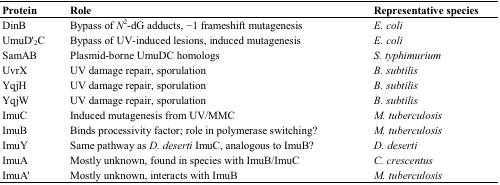
<table><thead><tr><td><b>Protein</b></td><td><b>Role</b></td><td><b>Representative species</b></td></tr></thead><tbody><tr><td>DinB</td><td>Bypass of <i>N</i><sup>2</sup>-dG adducts, −1 frameshift mutagenesis</td><td><i>E. coli</i></td></tr><tr><td>UmuD&#x27;<sub>2</sub>C</td><td>Bypass of UV-induced lesions, induced mutagenesis</td><td><i>E. coli</i></td></tr><tr><td>SamAB</td><td>Plasmid-borne UmuDC homologs</td><td><i>S. typhimurium</i></td></tr><tr><td>UvrX </td><td>UV damage repair, sporulation</td><td><i>B. subtilis</i></td></tr><tr><td>YqjH </td><td>UV damage repair, sporulation</td><td><i>B. subtilis</i></td></tr><tr><td>YqjW</td><td>UV damage repair, sporulation</td><td><i>B. subtilis</i></td></tr><tr><td>ImuC</td><td>Induced mutagenesis from UV/MMC </td><td><i>M. tuberculosis</i></td></tr><tr><td>ImuB</td><td>Binds processivity factor; role in polymerase switching?</td><td><i>M. tuberculosis</i></td></tr><tr><td>ImuY</td><td>Same pathway as <i>D. deserti</i> ImuC, analogous to ImuB?</td><td><i>D. deserti</i></td></tr><tr><td>ImuA</td><td>Mostly unknown, found in species with ImuB/ImuC</td><td><i>C. crescentus</i></td></tr><tr><td>ImuA&#x27;</td><td>Mostly unknown, interacts with ImuB</td><td><i>M. tuberculosis</i></td></tr></tbody></table>